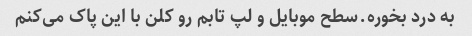
به درد بخوره.سطح موبایل و لپ تابم رو کلن با این پاک می‌کنم